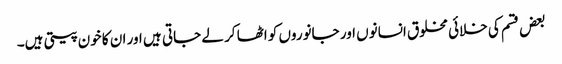
بعض قسم کی خلائی مخلوق انسانوں اور جانوروں کو اٹھا کر لے جاتی ہیں اور ان کا خون پیتی ہیں۔